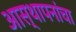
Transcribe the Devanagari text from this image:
आस्थापनांचा